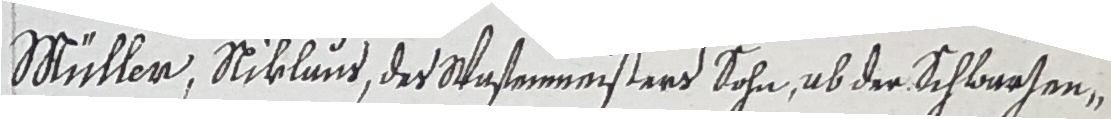
Müller, Stiklund, der Stastermeisters Sohn, ab der Schwachen,